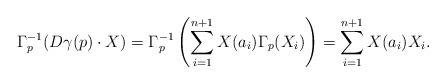
LaTeX: \begin{align*} \Gamma_p^{-1}(D \gamma(p) \cdot X) = \Gamma_p^{-1} \left( \sum_{i=1}^{n+1} X(a_i) \Gamma_p(X_i) \right) = \sum_{i=1}^{n+1} X(a_i) X_i. \end{align*}